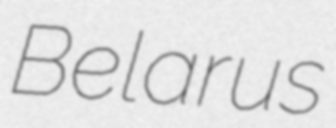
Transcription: Belarus